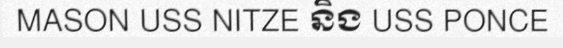
MASON USS NITZE និង USS PONCE